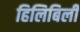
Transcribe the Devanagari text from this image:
हिलिबिली